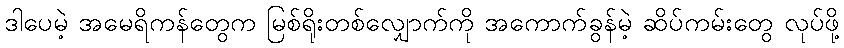
ဒါပေမဲ့ အမေရိကန်တွေက မြစ်ရိုးတစ်လျှောက်ကို အကောက်ခွန်မဲ့ ဆိပ်ကမ်းတွေ လုပ်ဖို့